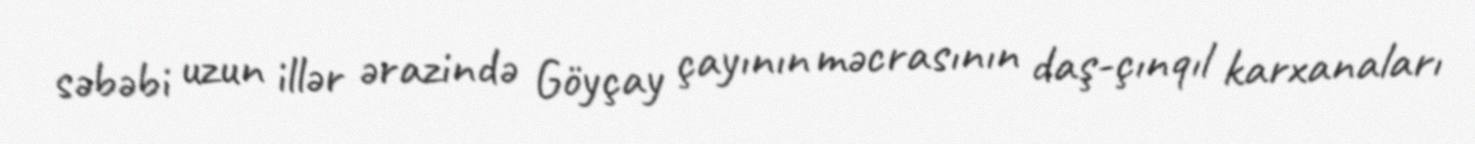
səbəbi uzun illər ərazində Göyçay çayının məcrasının daş-çınqıl karxanaları